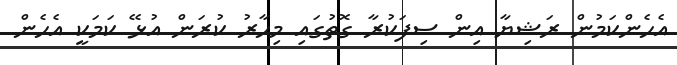
އެހެންކަމުން ރަޝިޔާ އިން ސިފަކުރާ ގޮތުގައި މިހާރު ކުރަން އުޅޭ ކަމަކީ އެހެން